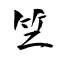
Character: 竺